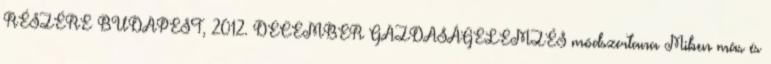
RÉSZÉRE BUDAPEST, 2012. DECEMBER GAZDASÁGELEMZÉS módszertana Miben más és